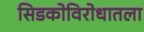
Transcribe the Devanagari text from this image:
सिडकोविरोधातला